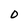
Character: 0